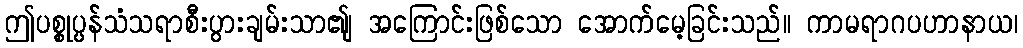
ဤပစ္စုပ္ပန်သံသရာစီးပွားချမ်းသာ၏ျ အကြောင်းဖြစ်သော အောက်မေ့ခြင်းသည်။ ကာမရာဂပဟာနာယ၊